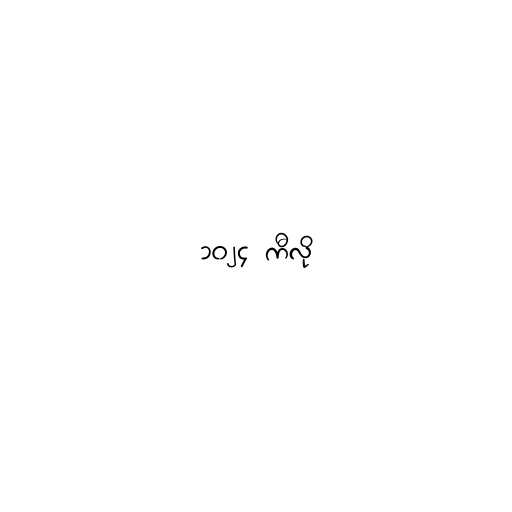
၁၀၂၄ ကီလို